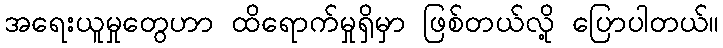
အရေးယူမှုတွေဟာ ထိရောက်မှုရှိမှာ ဖြစ်တယ်လို့ ပြောပါတယ်။